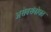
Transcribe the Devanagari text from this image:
असेबसंबोधत